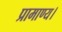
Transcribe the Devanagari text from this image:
प्रामाण्य।